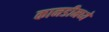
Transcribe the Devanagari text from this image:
कानडीमध्ये